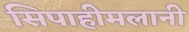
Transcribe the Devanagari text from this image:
सिपाहीमलानी